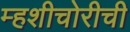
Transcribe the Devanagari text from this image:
म्हशीचोरीची